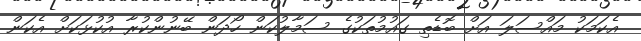
އެކަމަކު މައްސަލަ އަށް ބޮޑެތި ގައުމުތަކުގެ ސަމާލުކަން ހޯދަން ބޭނުންކުރާ އުކުޅަކަށް އެކަން